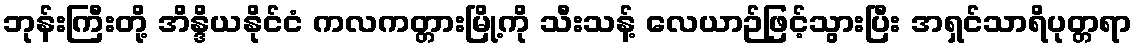
ဘုန်းကြီးတို့ အိန္ဒိယနိုင်ငံ ကလကတ္တားမြို့ကို သီးသန့် လေယာဉ်ဖြင့်သွားပြီး အရှင်သာရိပုတ္တရာ